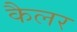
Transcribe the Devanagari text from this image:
कैलर